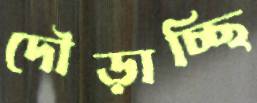
দৌড়াচ্ছি